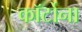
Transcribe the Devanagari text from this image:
कॉर्टोना